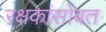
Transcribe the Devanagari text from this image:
रक्षकांसोबत